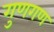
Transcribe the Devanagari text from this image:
गुणगण